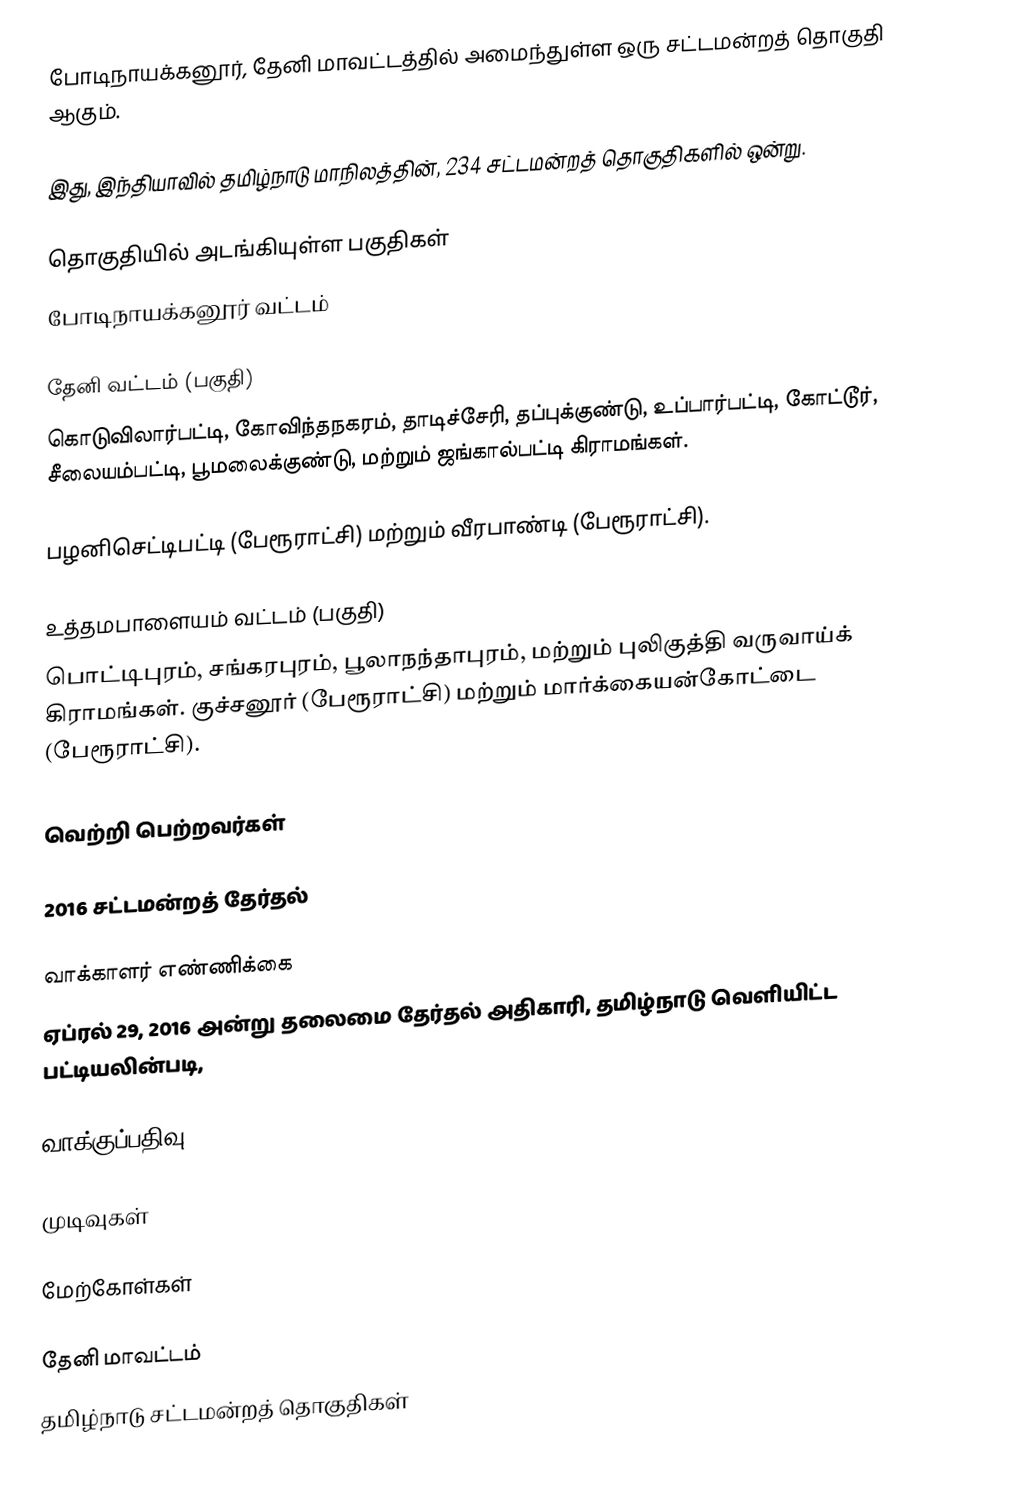
போடிநாயக்கனூர், தேனி மாவட்டத்தில் அமைந்துள்ள ஒரு சட்டமன்றத் தொகுதி ஆகும்.

இது, இந்தியாவில் தமிழ்நாடு மாநிலத்தின், 234 சட்டமன்றத் தொகுதிகளில் ஒன்று.

தொகுதியில் அடங்கியுள்ள பகுதிகள்
 போடிநாயக்கனூர் வட்டம்

 தேனி வட்டம் (பகுதி)
கொடுவிலார்பட்டி, கோவிந்தநகரம், தாடிச்சேரி, தப்புக்குண்டு, உப்பார்பட்டி, கோட்டூர், சீலையம்பட்டி, பூமலைக்குண்டு, மற்றும் ஜங்கால்பட்டி கிராமங்கள்.

பழனிசெட்டிபட்டி (பேரூராட்சி)  மற்றும் வீரபாண்டி (பேரூராட்சி).

 உத்தமபாளையம் வட்டம் (பகுதி)
பொட்டிபுரம், சங்கரபுரம், பூலாநந்தாபுரம், மற்றும் புலிகுத்தி வருவாய்க் கிராமங்கள். குச்சனூர் (பேரூராட்சி) மற்றும் மார்க்கையன்கோட்டை (பேரூராட்சி).

வெற்றி பெற்றவர்கள்

2016 சட்டமன்றத் தேர்தல்

வாக்காளர் எண்ணிக்கை
ஏப்ரல் 29, 2016 அன்று தலைமை தேர்தல் அதிகாரி, தமிழ்நாடு வெளியிட்ட பட்டியலின்படி,

வாக்குப்பதிவு

முடிவுகள்

மேற்கோள்கள்

தேனி மாவட்டம்
தமிழ்நாடு சட்டமன்றத் தொகுதிகள்